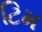
ટિમ